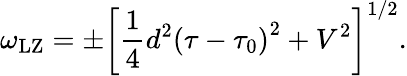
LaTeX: \omega_{\mathrm{{LZ}}}=\pm\left[\frac{1}{4}d^{2}\left(\tau-\tau_{0}\right)^{2}+V^{2}\right]^{1/2}.